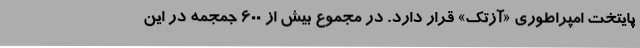
پایتخت امپراطوری «آزتک» قرار دارد. در مجموع بیش از 600 جمجمه در این